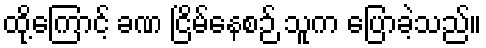
ထို့ကြောင့် ခဏ ငြိမ်နေစဉ် သူက ပြောခဲ့သည်။